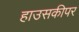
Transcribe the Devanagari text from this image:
हाउसकीपर